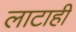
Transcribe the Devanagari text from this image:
लाटाही